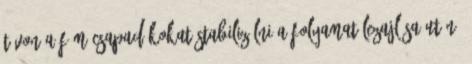
távon a fém csapadékokat stabilizálni a folyamat lezajlása után.